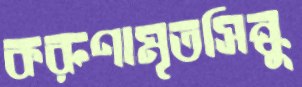
করুণামৃতসিন্ধু